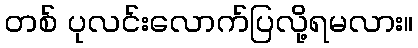
တစ် ပုလင်းလောက်ပြလို့ရမလား။